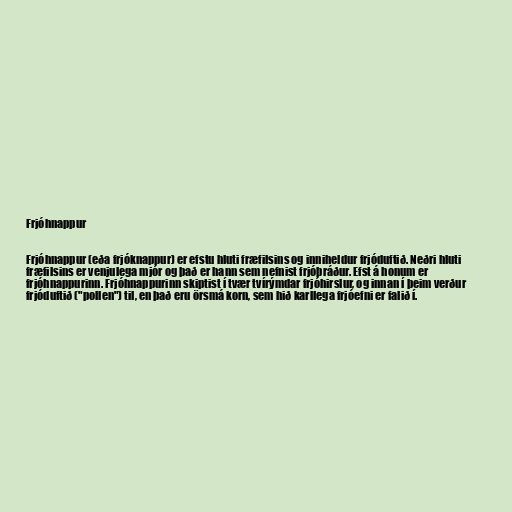
Frjóhnappur

Frjóhnappur (eða frjóknappur) er efstu hluti fræfilsins og inniheldur frjóduftið. Neðri hluti
fræfilsins er venjulega mjór og það er hann sem nefnist frjóþráður. Efst á honum er
frjóhnappurinn. Frjóhnappurinn skiptist í tvær tvírýmdar frjóhirslur, og innan í þeim verður
frjóduftið ("pollen") til, en það eru örsmá korn, sem hið karllega frjóefni er falið í.